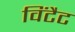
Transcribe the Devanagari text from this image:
विंटैट